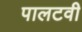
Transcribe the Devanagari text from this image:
पालटवी